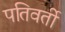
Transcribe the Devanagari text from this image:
पतिवर्ती